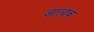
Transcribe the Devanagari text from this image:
जात्दव